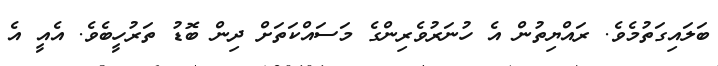
ބަލައިގަތުމެވެ. ރައްޔިތުން އެ ހުނަރުވެރިންގެ މަސައްކަތަށް ދިން ބޮޑު ތަރުހީބެވެ. އެއީ އެ